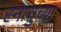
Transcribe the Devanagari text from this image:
स्नायुंच्या